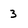
Character: 3